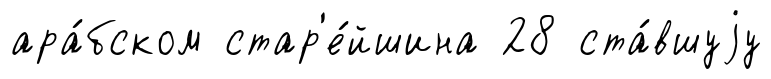
ара́бском стар'е́йшина 28 ста́вшуjу